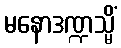
မနောဒဏ္ဍသ္မိံ